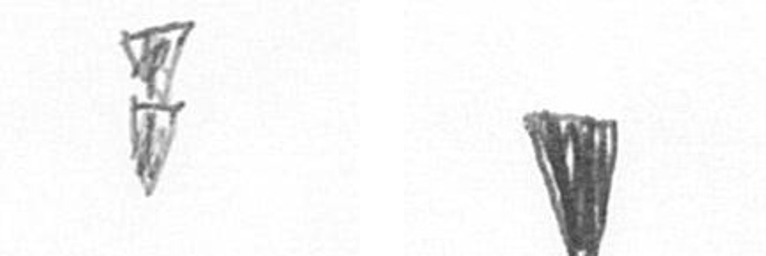
Z J